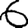
Digit: 6